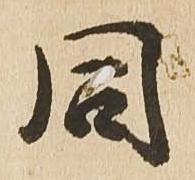
同